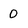
Character: O